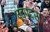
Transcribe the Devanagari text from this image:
पदपदरा